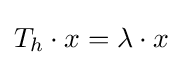
T_{h}\cdot x=\lambda \cdot x